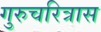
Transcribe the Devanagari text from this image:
गुरुचरित्रास